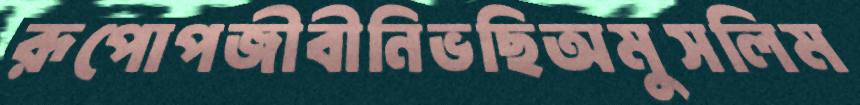
রূপোপজীবীনিভছিঅমুসলিম